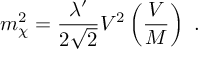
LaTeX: m _ { \chi } ^ { 2 } = \frac { \lambda ^ { \prime } } { 2 \sqrt { 2 } } V ^ { 2 } \left( \frac { V } { M } \right) ~ .